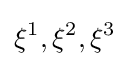
\xi ^{1},\xi ^{2},\xi ^{3}